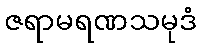
ဇရာမရဏသမုဒံ